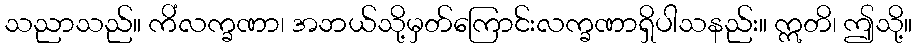
သညာသည်။ ကိံလက္ခဏာ၊ အဘယ်သို့မှတ်ကြောင်းလက္ခဏာရှိပါသနည်း။ ဣတိ၊ ဤသို့။